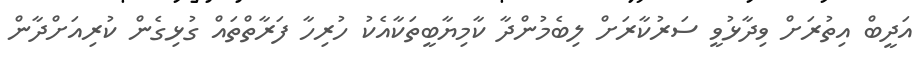
އަދީބް އިތުރަށް ވިދާޅުވީ ސަރުކާރަށް ލިބެމުންދާ ކާމިޔާބީތަކާއެކު ހުރިހާ ފަރާތްތައް ގުޅިގެން ކުރިއަށްދާން